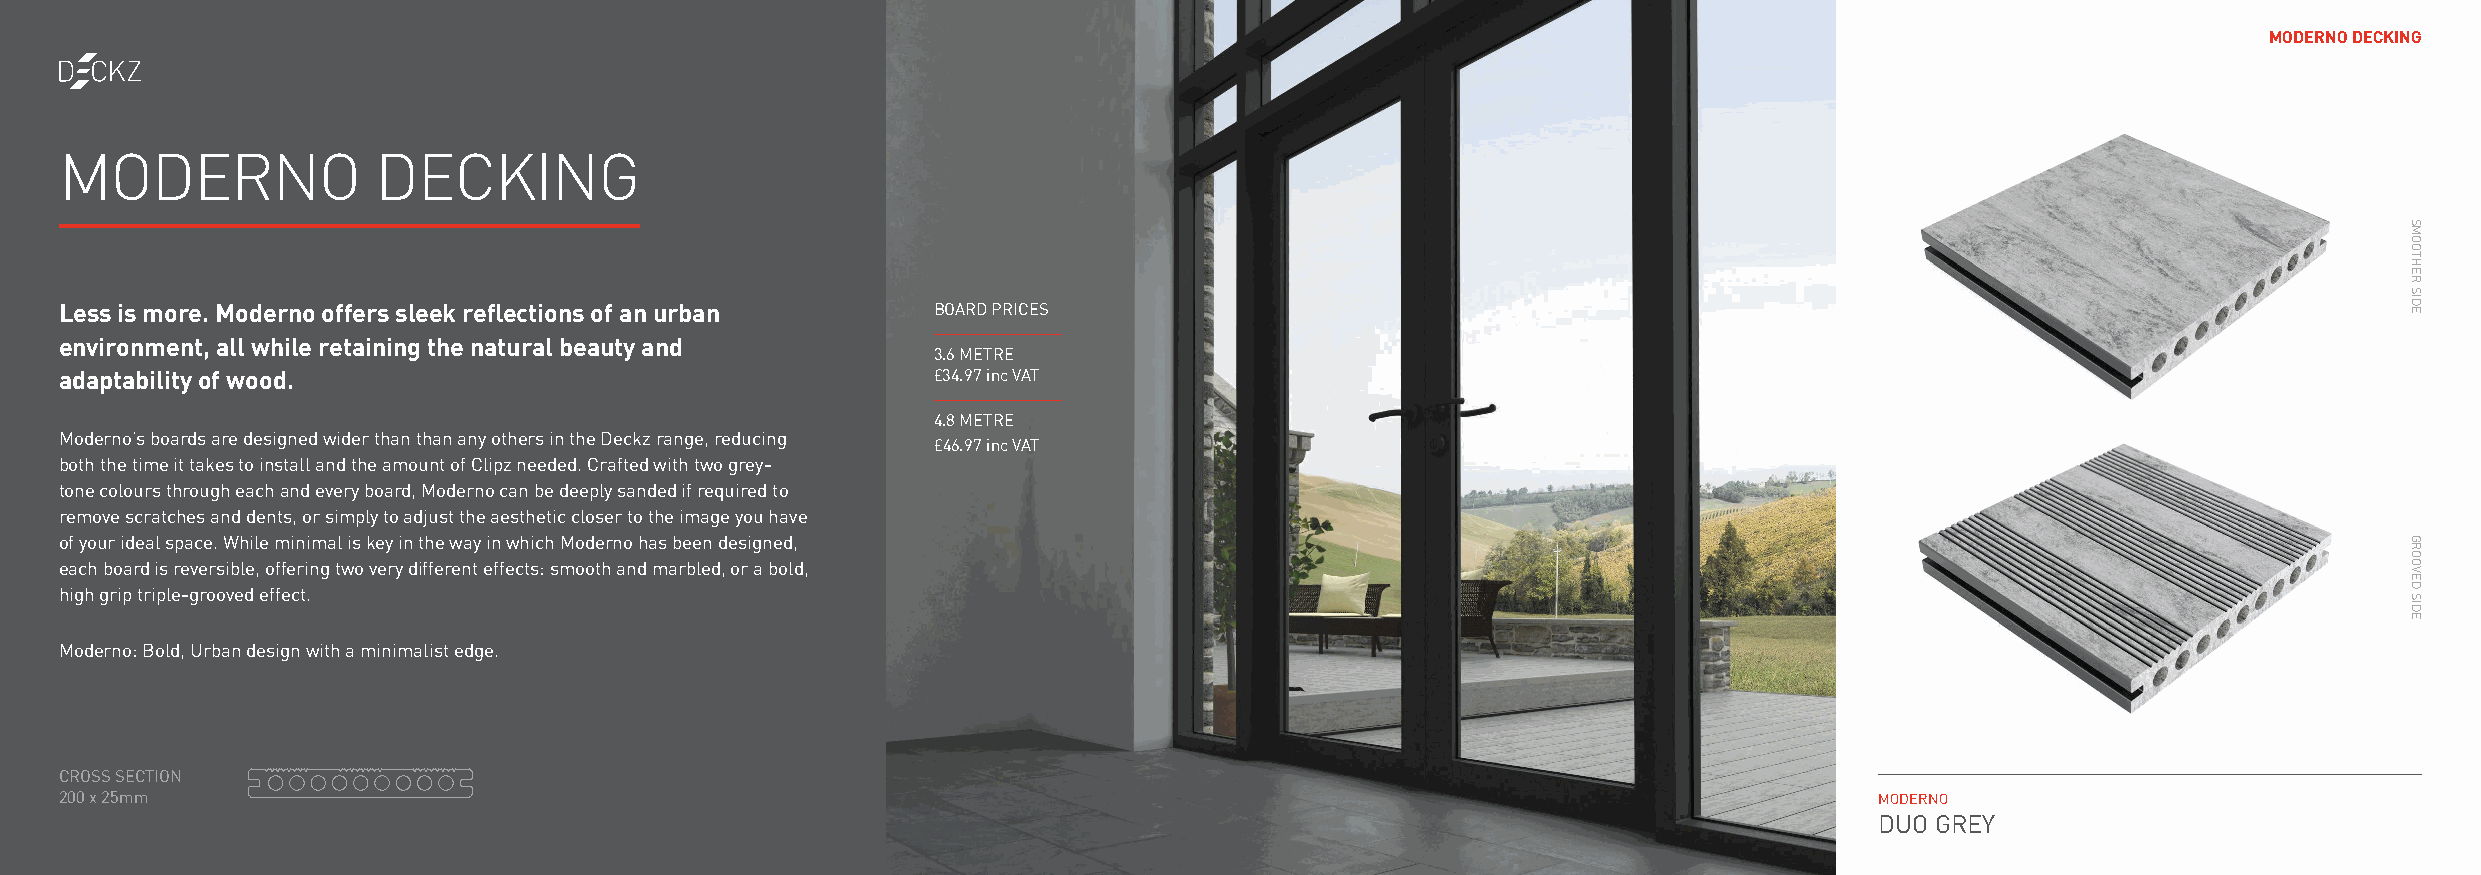
MODERNO DECKING
 MODERNO              DECKING
 Less is more. Moderno offers sleek reflections of an urban BOARD PRICES
 environment, all while retaining the natural beauty and
 3.6 METRE
 adaptability of wood.                                     £34.97 inc VAT
 4.8 METRE
 Moderno’s boards are designed wider than than any others in the Deckz range, reducing
 £46.97 inc VAT
 both the time it takes to install and the amount of Clipz needed. Crafted with two grey-
 tone colours through each and every board, Moderno can be deeply sanded if required to
 remove scratches and dents, or simply to adjust the aesthetic closer to the image you have
 of your ideal space. While minimal is key in the way in which Moderno has been designed,
 each board is reversible, offering two very different effects: smooth and marbled, or a bold,
 high grip triple-grooved effect.
 Moderno: Bold, Urban design with a minimalist edge.
 CROSS SECTION
 200 x 25mm                                                                                                              MODERNO
 DUO GREY
 SMOOTHER
 SIDE
 GROOVED
 SIDE